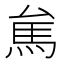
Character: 𱄑